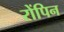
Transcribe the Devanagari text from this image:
रोंपिन